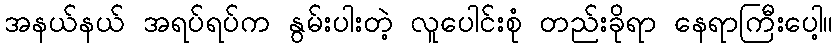
အနယ်နယ် အရပ်ရပ်က နွမ်းပါးတဲ့ လူပေါင်းစုံ တည်းခိုရာ နေရာကြီးပေါ့။